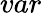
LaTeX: var